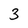
Character: 3